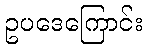
ဥပဒေကြောင်း